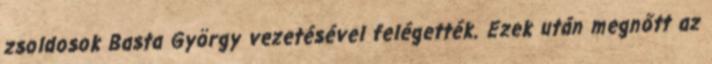
zsoldosok Basta György vezetésével felégették. Ezek után megnőtt az